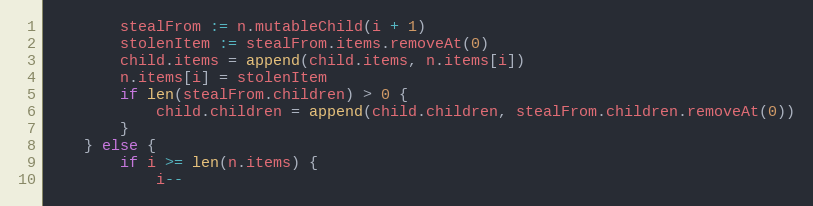
Language: Go
		stealFrom := n.mutableChild(i + 1)
		stolenItem := stealFrom.items.removeAt(0)
		child.items = append(child.items, n.items[i])
		n.items[i] = stolenItem
		if len(stealFrom.children) > 0 {
			child.children = append(child.children, stealFrom.children.removeAt(0))
		}
	} else {
		if i >= len(n.items) {
			i--